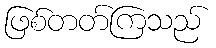
ဖြစ်တတ်ကြသည်